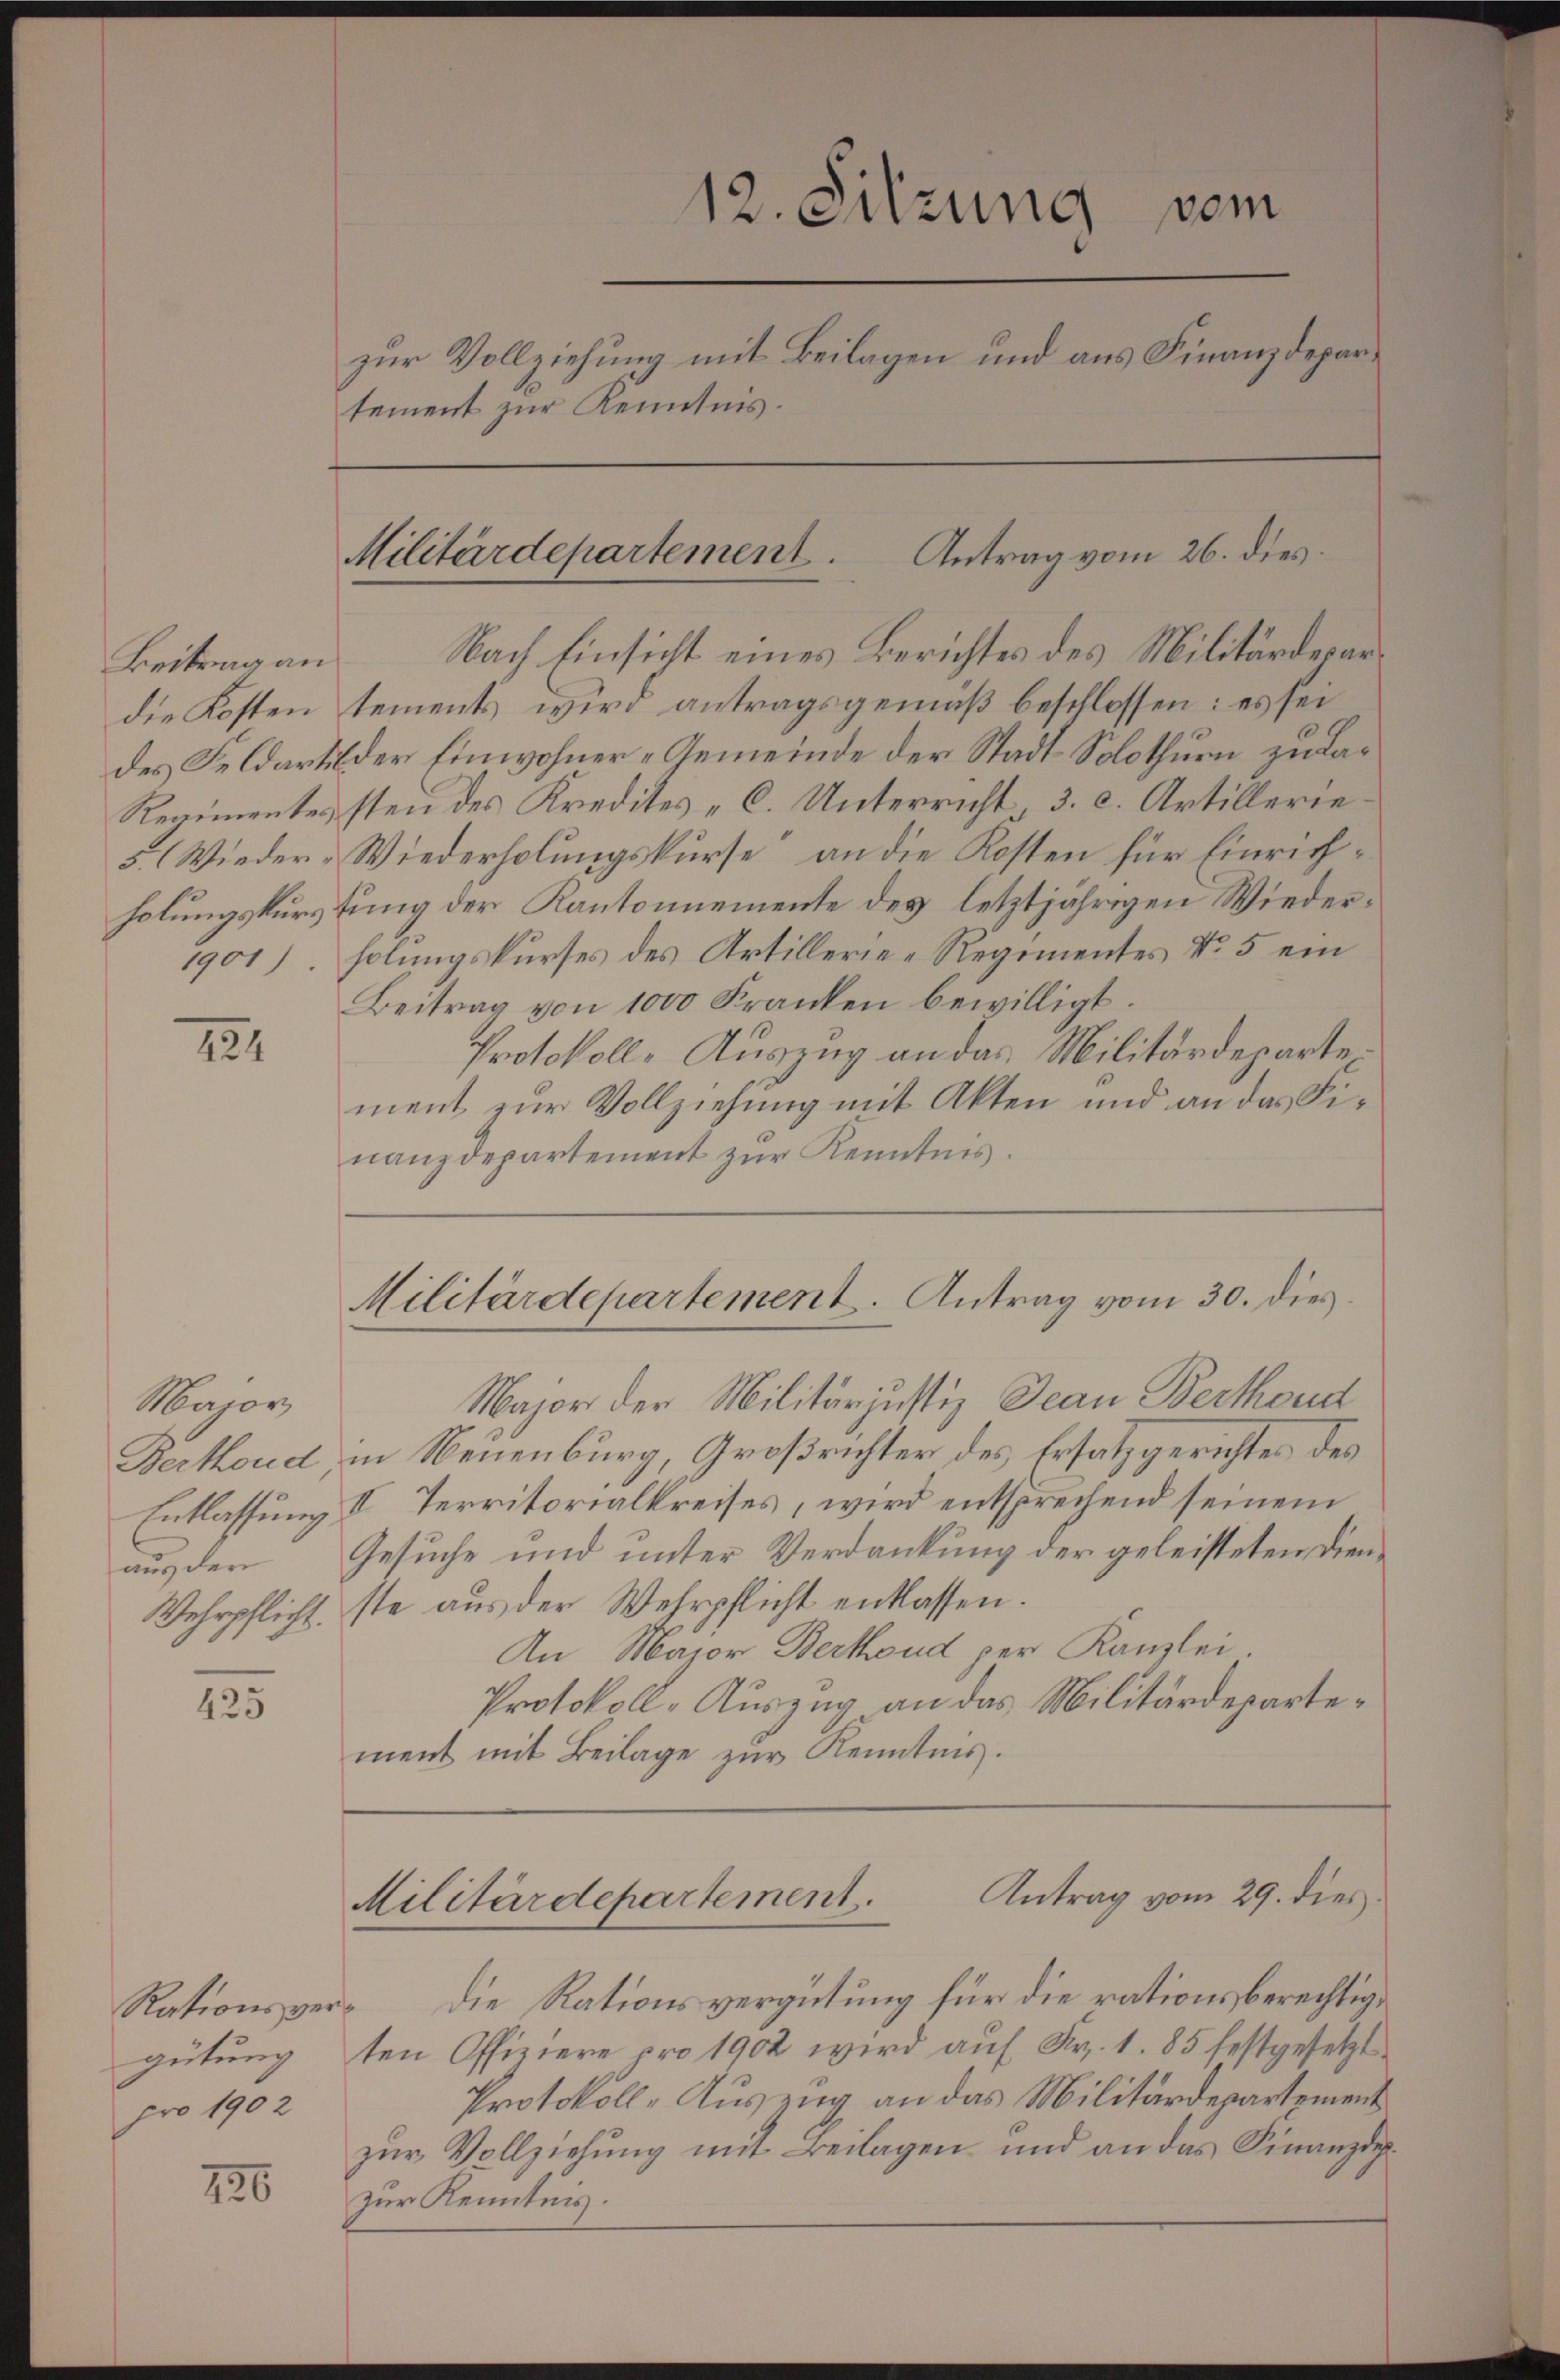
5. (Wieder¬
1901)

121

Major,
Wehrpflicht.

425

pro 1902

226

12. Sitzung vom
zur Vollziehung mit Beilagen und aus Finanzdeparsement zur Kenntnis.

Antrag vom 26. dies
Militärdepartement.

Beitrag an Nach Einsicht eines Berichtes des Militärdepardie Kosten tements wird antragsgemäß beschlossen: es sei
des Feldarbilder Einwohner-Gemeinde der Stadt Solothurn zu da¬
Regimentes sten des Kredites C. Unterricht 3. c. Artillerie¬
Wiederholungskurse“ an die Kosten für Einrichholungskurstung der Kantonnemente des letztjährigen Wiederholungskurses des Artillerie-Regimentes No 5 ein
Beitrag von 1000 Franken bewilligt.
Protokoll, Auszug an das Militärdepartement zur Vollziehung mit Akten und an das Finanzdepartement zur Kenntnis.

Militärdepartement. Antrag vom 30. dies

Major der Militärjustiz Jean Berthoud
Berthoud, in Neuenburg Großrichter des Ersatzgerichtes des
Entlassung II Territorialkreises, wird entsprechend seinem
aus der Gesuche und unter Verdankung der geleisteten Dienste aus der Wehrpflicht entlassen.
An Major Berthend per Kanzlei
Protokoll-Auszug an das Militärdepartement mit Beilage zur Kenntnis.

Antrag vom 29. dies
Militärdepartement.

Rationsver- die Rationsvergütung für die rationsberechtiggütung den Offiziere pro 1902 wird auf Fr. 1. 85 festgesetzt
Protokoll-Auszug an das Militärdepartement
zur Vollziehung mit Beilagen und an das Finanzdizur Kenntnis.